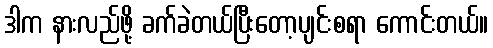
ဒါက နားလည်ဖို့ ခက်ခဲတယ်ပြီးတော့ပျင်းစရာ ကောင်းတယ်။